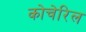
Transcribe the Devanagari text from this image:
कोचेरिल